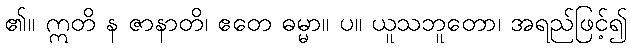
၏။ ဣတိ န ဇာနာတိ၊ ဧတေ ဓမ္မာ။ ပ။ ယူသဘူတော၊ အရည်ဖြင့်၍